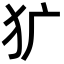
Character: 犷